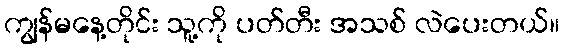
ကျွန်မနေ့တိုင်း သူ့ကို ပတ်တီး အသစ် လဲပေးတယ်။